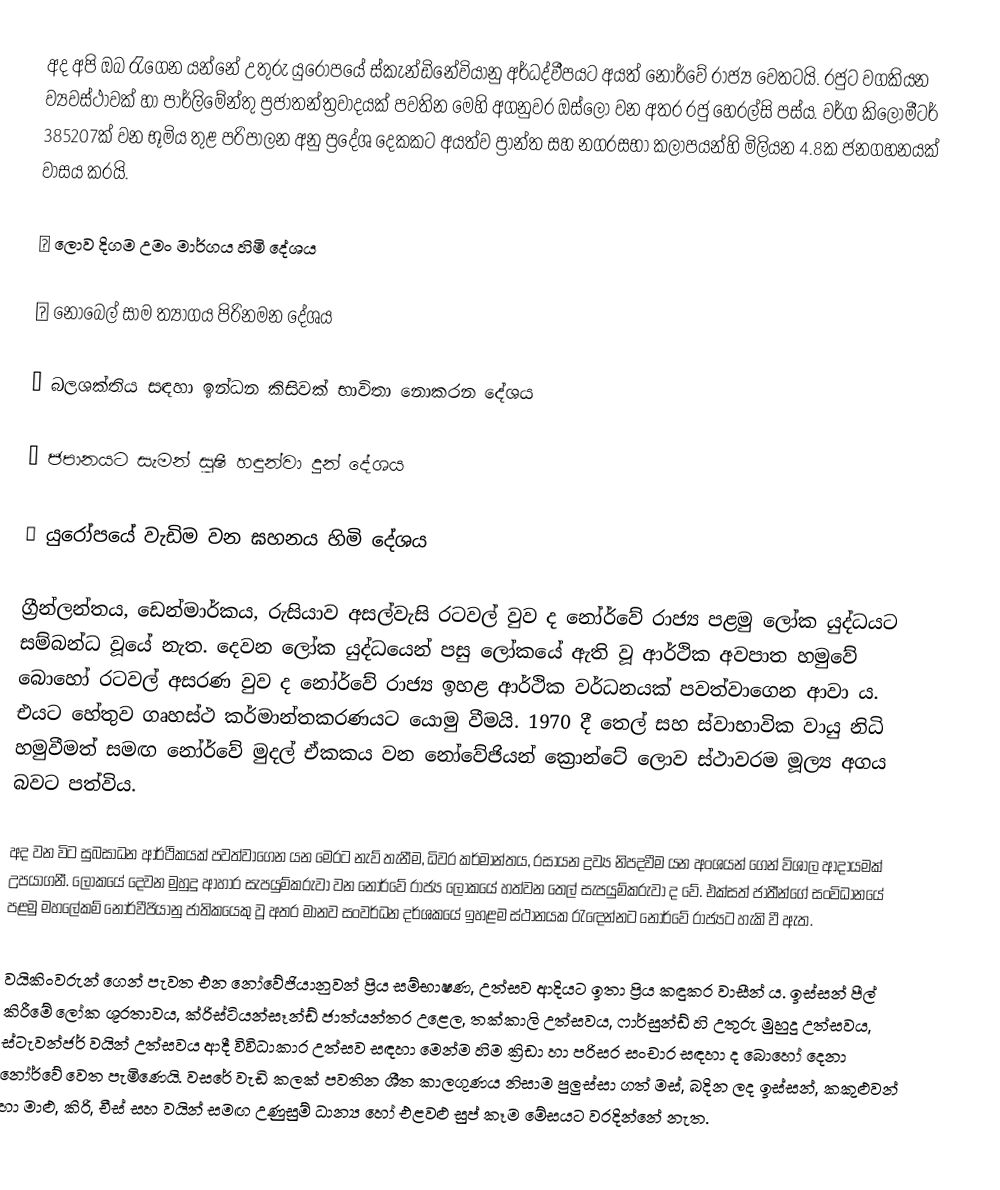
අද අපි ඔබ රැගෙන යන්නේ උතුරු යුරෝපයේ ස්කැන්ඩිනේවියානු අර්ධද්වීපයට අයත් නෝර්වේ රාජ්‍ය වෙතටයි. රජුට වගකියන ව්‍යවස්ථාවක් හා පාර්ලිමේන්තු ප්‍රජාතන්ත්‍රවාදයක් පවතින මෙහි අගනුවර ඔස්ලෝ වන අතර රජු හෙරල්සි පස්ය. වර්ග කිලෝමීටර් 385207ක් වන භූමිය තුළ පරිපාලන අනු ප්‍රදේශ දෙකකට අයත්ව ප්‍රාන්ත සහ නගරසභා කලාපයන්හි මිලියන 4.8ක ජනගහනයක් වාසය කරයි.

⭐ ලොව දිගම උමං මාර්ගය හිමි දේශය

⭐ නොබෙල් සාම ත්‍යාගය පිරිනමන දේශය

⭐ බලශක්තිය සඳහා ඉන්ධන කිසිවක් භාවිතා නොකරන දේශය

⭐ ජපානයට සැමන් සුෂී හඳුන්වා දුන් දේශය

⭐ යුරෝපයේ වැඩිම වන ඝහනය හිමි දේශය

   ග්‍රීන්ලන්තය, ඩෙන්මාර්කය, රුසියාව අසල්වැසි රටවල් වුව ද නෝර්වේ රාජ්‍ය පළමු ලෝක යුද්ධයට සම්බන්ධ වූයේ නැත. දෙවන ලෝක යුද්ධයෙන් පසු ලෝකයේ ඇති වූ ආර්ථික අවපාත හමුවේ බොහෝ රටවල් අසරණ වුව ද නෝර්වේ රාජ්‍ය ඉහළ ආර්ථික වර්ධනයක් පවත්වාගෙන ආවා ය. එයට හේතුව ගෘහස්ථ කර්මාන්තකරණයට යොමු වීමයි. 1970 දී තෙල් සහ ස්වාභාවික වායු නිධි හමුවීමත් සමඟ නෝර්වේ මුදල් ඒකකය වන නෝවේජියන් ක්‍රොන්ටේ ලොව ස්ථාවරම මූල්‍ය අගය බවට පත්විය.

   අද වන විට සුබසාධන ආර්ථිකයක් පවත්වාගෙන යන මෙරට නැව් තැනීම, ධිවර කර්මාන්තය, රසායන ද්‍රව්‍ය නිපදවීම යන අංශයන් ගෙන් විශාල ආදායමක් උපයාගනී. ලෝකයේ දෙවන මුහුදු ආහාර සැපයුම්කරුවා වන නෝර්වේ රාජ්‍ය ලෝකයේ හත්වන තෙල් සැපයුම්කරුවා ද වේ. එක්සත් ජාතීන්ගේ සංවිධානයේ පළමු මහලේකම් නෝර්වීජියානු ජාතිකයෙකු වූ අතර මානව සංවර්ධන දර්ශකයේ ඉහළම ස්ථානයක රැඳෙන්නට නෝර්වේ රාජ්‍යට හැකි වී ඇත.

   වයිකිංවරුන් ගෙන් පැවත එන නෝවේජියානුවන් ප්‍රිය සම්භාෂණ, උත්සව ආදියට ඉතා ප්‍රිය කඳුකර වාසීන් ය. ඉස්සන් පීල් කිරීමේ ලෝක ශූරතාවය, ක්රිස්ටියන්සෑන්ඩ් ජාත්යන්තර උළෙල, තක්කාලි උත්සවය, ෆාර්සුන්ඩ් හි උතුරු මුහුදු උත්සවය, ස්ටැවන්ජර් වයින් උත්සවය ආදී විවිධාකාර උත්සව සඳහා මෙන්ම හිම ක්‍රිඩා හා පරිසර සංචාර සඳහා ද බොහෝ දෙනා නෝර්වේ වෙත පැමිණෙයි. වසරේ වැඩි කලක් පවතින ශීත කාලගුණය නිසාම පුලුස්සා ගත් මස්, බදින ලද ඉස්සන්, කකුළුවන් හා මාළු, කිරි, චීස් සහ වයින් සමඟ උණුසුම් ධාන්‍ය හෝ එළවළු සුප් කෑම මේසයට වරදින්නේ නැත.